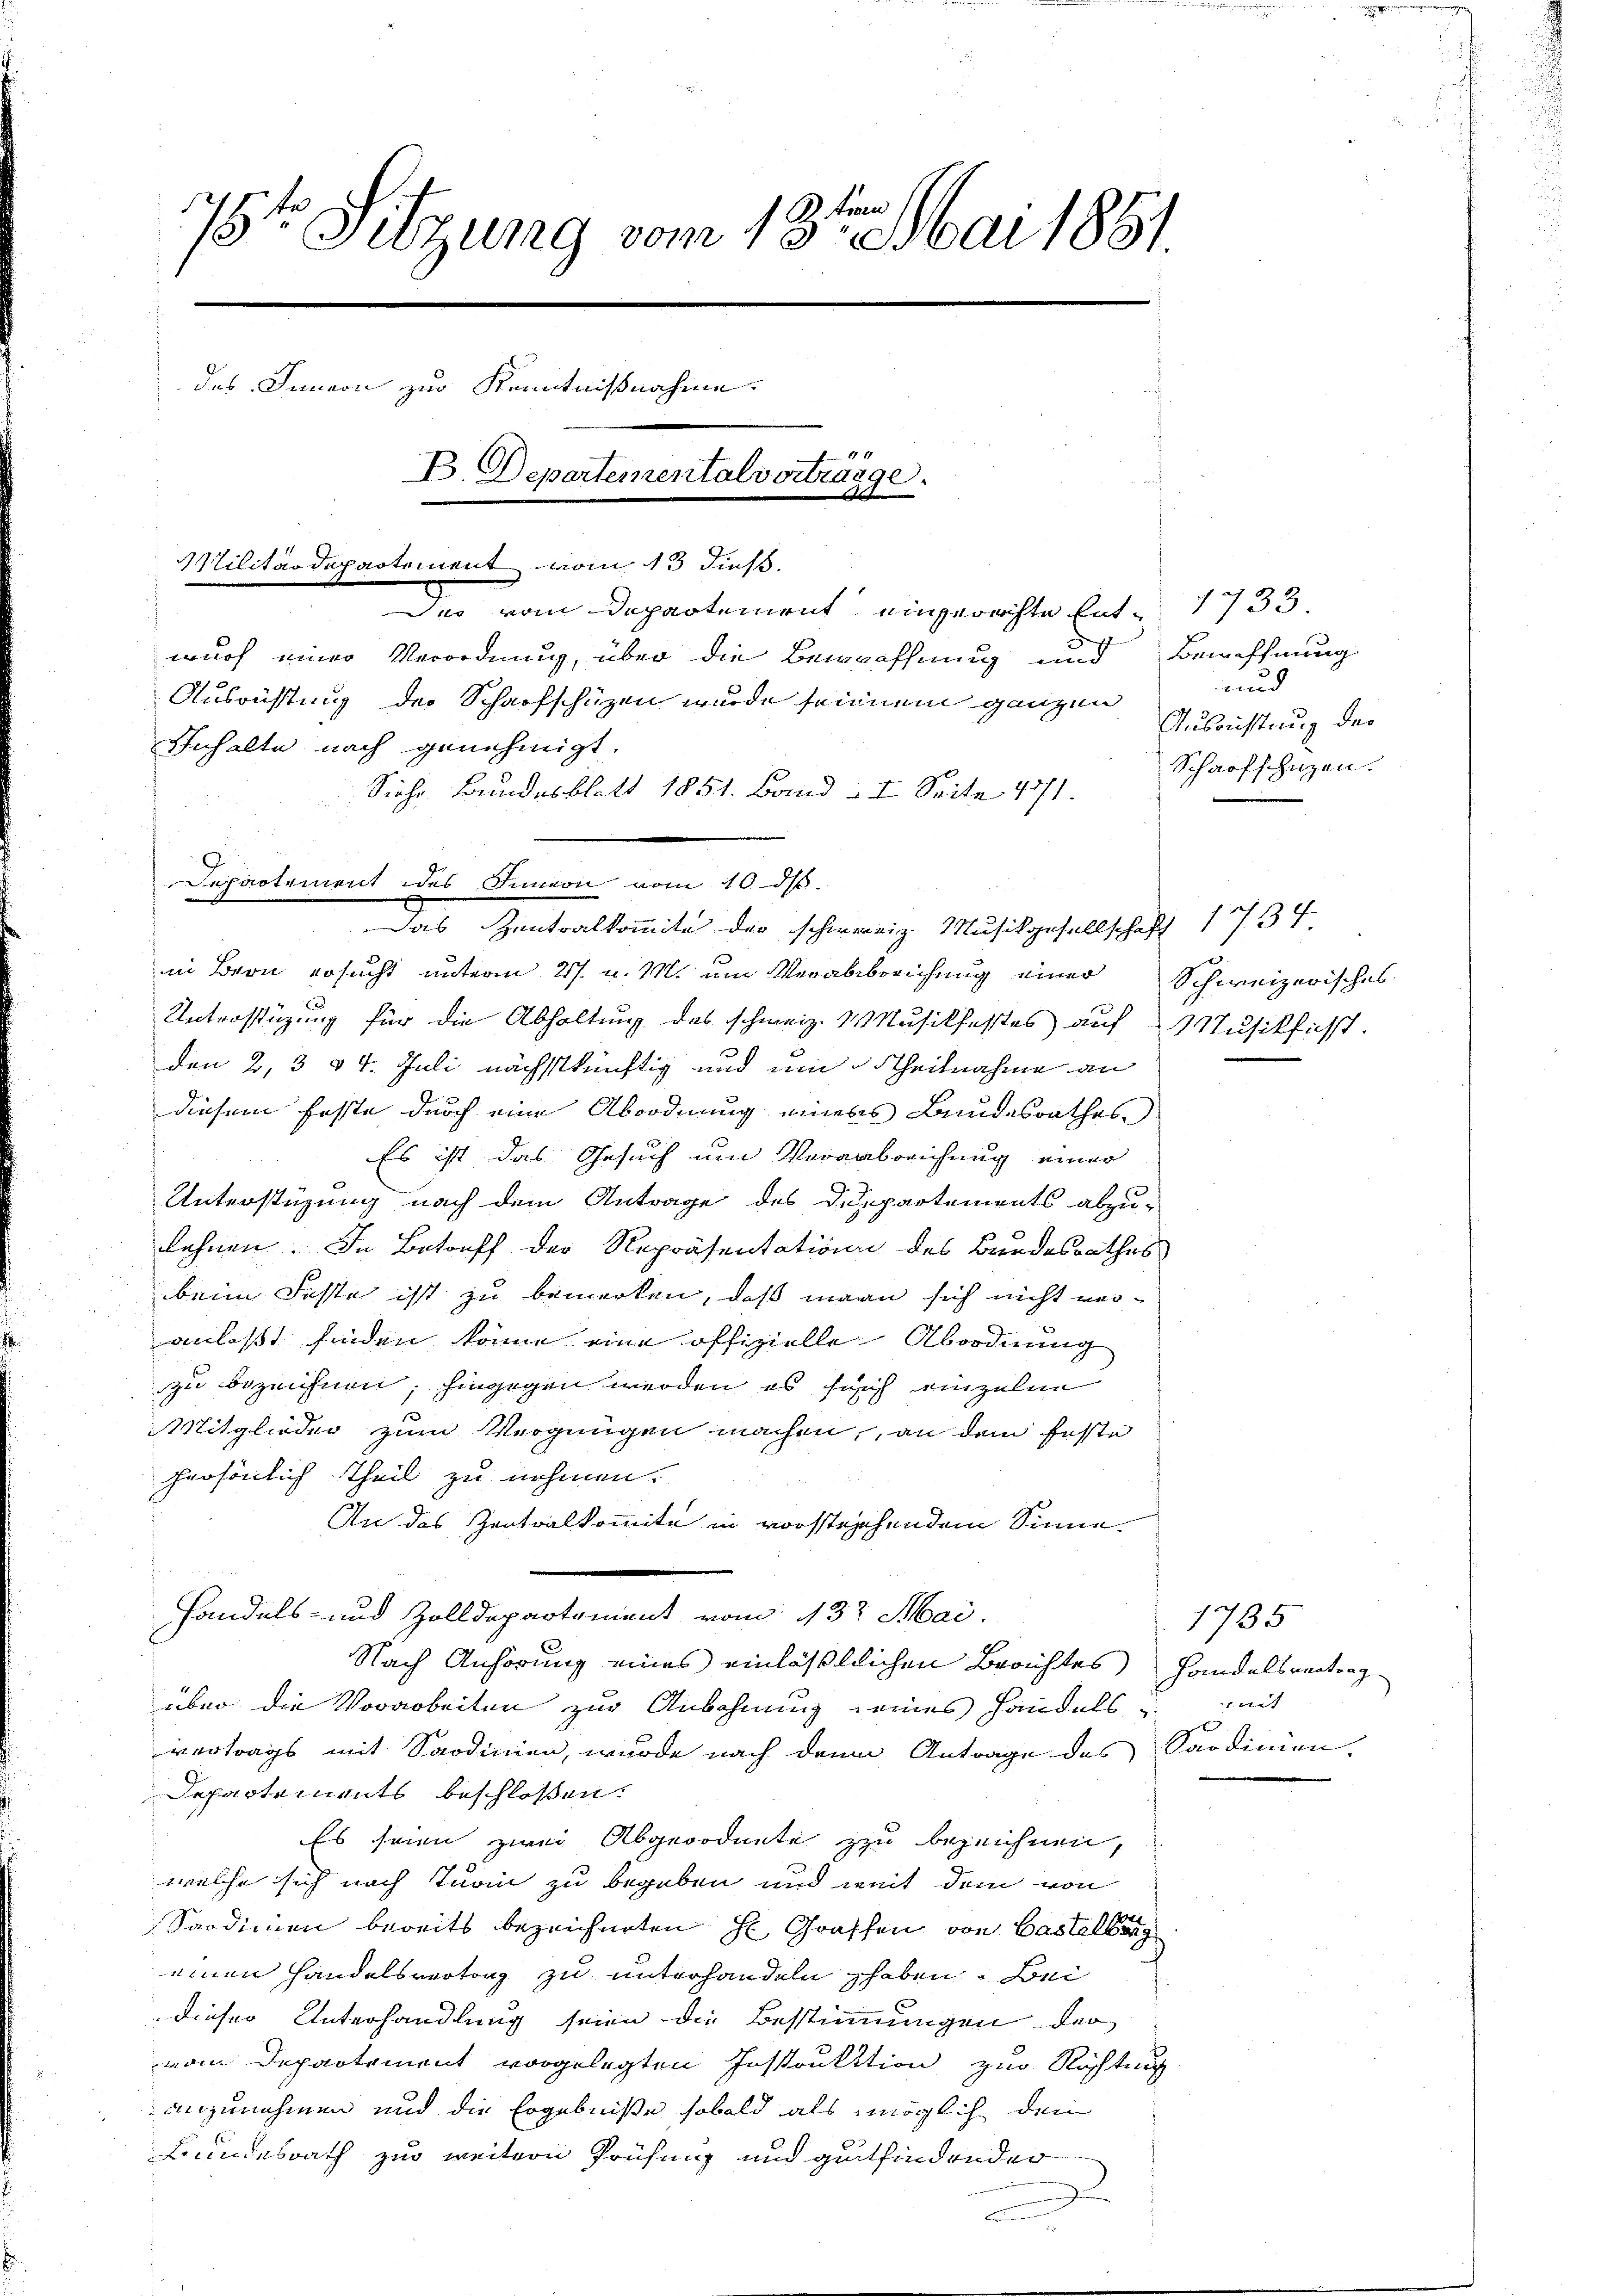
Frem
e
17. Sitzung vom 13. Mai 1851.
des Innern zur Kenntnißnahme.
B. Departementalvertrage.
.
Militärdepartement vom 13 dies
Das vom Departement eingerechte Ent- 1733

wurf einer Verordnung, über die Bewaffung und
Ausrüstung der Scharfschüzen wurde seinem ganzen
Inhalte nach genehmigt.
in Bern ersucht unterm 27. u. M. um Verabbreichung einer
Unterstüzung für die Abhaltung des schweiz. Musikfestes auf Musikfuß.
den 2, 3 & 4. Juli nächstkünftig und um Theilnahme an
diesem feste durch eine Abordnung einers Bundesrathes
Es ist das Gesuch um Verabreichung einer
Unterstüzung nach dem Antrage des Departements abzu-
lehnen. In Betreff der Repräsentation des Bundesrathes
beim Faste ist zu bemerken, daß mann sich nicht veranlaßt finden könne eine offizielle Abordnung
zu bezeichnen; hingegen werden, es such einzeln
Mitglieder zum Vergnügen machen, an dem feste
persönlich theil zu nehmen.
An das Zentralkomite in vorstehehendem Sinne.
Handels- und Zolldepartement vom 13t Mai.
Nach Anhörung eines einläßlichen Berichtes Handelsvertrag
über die Vorarbeiten zur Anbahnung seines Handels mit
vertrags mit Sardinien, wurde nach denen Antrage des Sardinien-
Departements beschloßen:
Es seien zwei Abgeordnete zu bezeichnen,
welche sich nach Turin zu begeben und weit dem von
Sardinien bereits bezeichneten H. Graffen von Baselberg
einen Handelsvertrag zu unterhandeln haben. Bei
dieser Unterhandlung seien die Bestimmungen der
vom Departement vorgelegten Instruktion zur Richten
anzunehmen und die Ergebniße sobald als möglich dem
Lundesrath zur weitern Prüfung und gutfindender

Siche Bundesblatt 1851. Band. I. Seite 471.
Departement des Innern vom 10 d.
 Das Gantralkomite der schwierig. Musikgesellschaft 1734

Bewaffnung
und
Ausrichtung des
Scharfschützen.

Schweizerisches

2

1785.